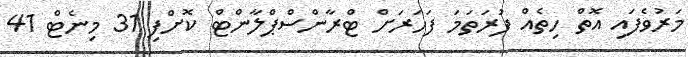
މަރުވެފައި އޮތް ހިތެއް ފުރަތަމަ ފަހަރަށް ޓްރާންސްޕްލާންޓް ކޮށްފި 31 މިނެޓް 41